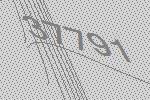
37791